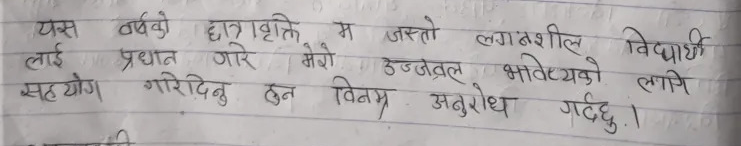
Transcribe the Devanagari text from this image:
यस वर्षको छात्रवृत्ति म जस्तो लगनशील विद्यार्थी
लाई प्रदान गरे। मेरो उज्वल भविष्यको लागि
सहयोग गरिदिनु हुन विनम्र अनुरोध गर्दछु।